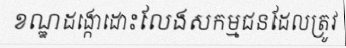
ខណ្ឌដង្កោដោះលែងសកម្មជនដែលត្រូវ